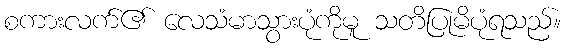
စကားလက်၏ လေသံမာသွားပုံကိုမူ သတိပြုမိပုံရသည်။